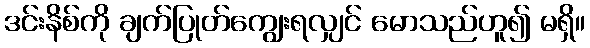
ဒင်းနိစ်ကို ချက်ပြုတ်ကျွေးရလျှင် မောသည်ဟူ၍ မရှိ။